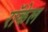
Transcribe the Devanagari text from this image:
राॅकेल